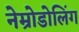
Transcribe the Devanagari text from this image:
नेम्रोडोलिंग